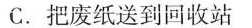
C.把废纸送到回收站